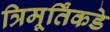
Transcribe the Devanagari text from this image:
त्रिमूर्तिंकडे